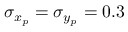
\sigma _ { x _ { p } } = \sigma _ { y _ { p } } = 0 . 3